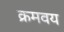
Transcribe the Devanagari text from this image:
क्रमवय